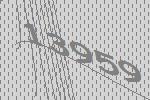
13959